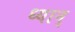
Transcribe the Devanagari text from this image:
ध्यान्